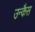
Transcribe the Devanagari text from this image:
उन्कैस